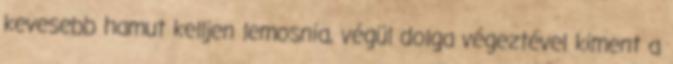
kevesebb hamut kelljen lemosnia, végül dolga végeztével kiment a